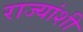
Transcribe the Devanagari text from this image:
राज्‍यांशी